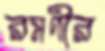
রমণীর